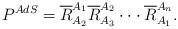
LaTeX: \begin{align*}P^{AdS}=\overline{R}_{A_{2}}^{A_{1}}\overline{R}_{A_{3}}^{A_{2}}\cdot \cdot\cdot \overline{R}_{A_{1}}^{A_{n}}. \end{align*}